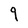
Character: q